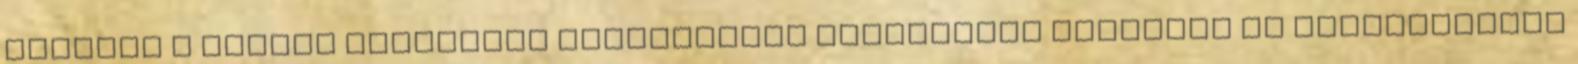
Győrben A magyar tulajdonú Qualitative Production Gépipari és Kereskedelmi